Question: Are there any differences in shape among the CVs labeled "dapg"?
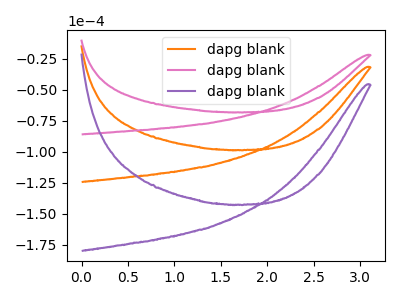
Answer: <think>The orange curve "dapg blank1" has no peaks. The pink curve "dapg blank2" has no peaks. The purple curve "dapg blank3" has no peaks.
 Neither "dapg blank1" or "dapg blank2" have any peaks. Neither "dapg blank1" or "dapg blank3" have any peaks. Neither "dapg blank2" or "dapg blank3" have any peaks.</think>
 <answer>All the CV's of "dapg" have similar shape.</answer>
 <eval>follow_rule</eval>